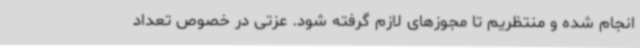
انجام شده و منتظریم تا مجوزهای لازم گرفته شود. عزتی در خصوص تعداد